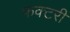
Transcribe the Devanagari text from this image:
फक्टरी